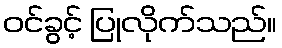
ဝင်ခွင့် ပြုလိုက်သည်။